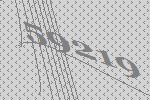
59219